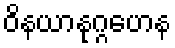
ဝိနယာနုဂ္ဂဟေန